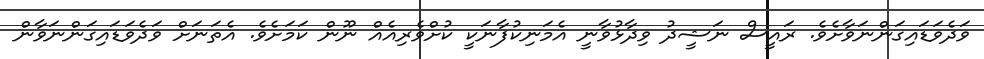
ވަދެވަޑައިގަންނަވާށެވެ. ރައީސް ނަޝީދު ވިދާޅުވާނީ އެމަނިކުފާނަކީ ކުށްވެރިއެއް ނޫން ކަމަށެވެ. އެތަނަށް ވަދެވަޑައިގަންނަވާން